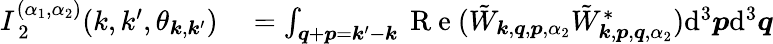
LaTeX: \begin{array}{rl}{I_{\mathrm{~2~}}^{(\alpha_{1},\alpha_{2})}(k,k^{\prime},\theta_{\boldsymbol{k},\boldsymbol{k}^{\prime}})}&{{}=\int_{\boldsymbol{q}+\boldsymbol{p}=\boldsymbol{k}^{\prime}-\boldsymbol{k}}\mathrm{~R~e~}(\tilde{W}_{\boldsymbol{k},\boldsymbol{q},\boldsymbol{p},\alpha_{2}}\tilde{W}_{\boldsymbol{k},\boldsymbol{p},\boldsymbol{q},\alpha_{2}}^{*})\mathrm{d}^{3}\boldsymbol{p}\mathrm{d}^{3}\boldsymbol{q}}\end{array}